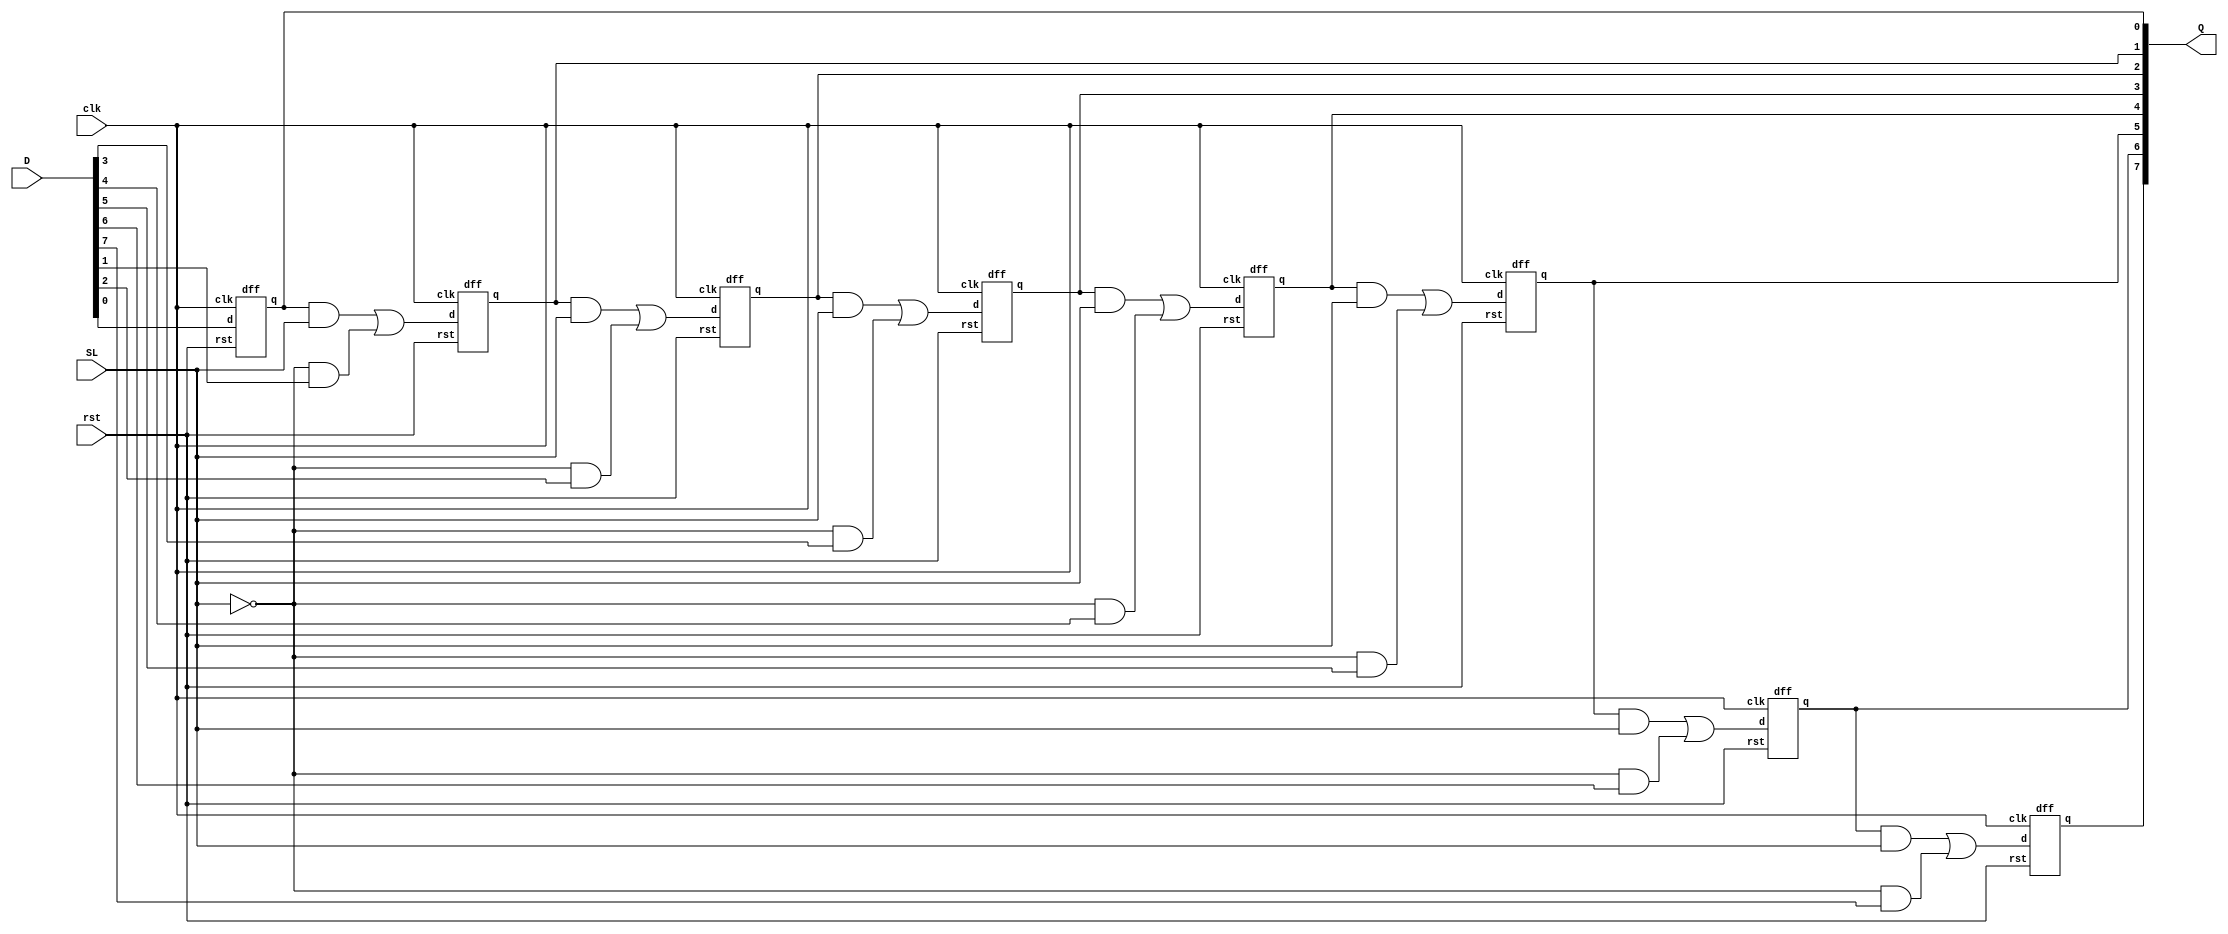
module piso(D,Q,clk,rst,SL);
  input [7:0]D;
  input rst,clk,SL;                                 //if SL = 0,input data wil be loaded..
  output [7:0]Q;
  wire[7:0]x,y,z;                   //if SL = 1,data will be shifted(left side)...
  dff s1(D[0],clk,rst,Q[0]);
genvar i;
generate
  for(i=1;i<8;i=i+1)begin
    and(x[i],Q[i-1],SL);
    and(y[i],~SL,D[i]);
    or(z[i],x[i],y[i]);
    dff s0(z[i],clk,rst,Q[i]);    end
  endgenerate
endmodule
module dff(d,clk,rst,q);
  input d,clk,rst;
  output reg q;
  always@(negedge clk)
  begin
    if(rst == 1)
      begin
        q=0;
      end
    else
      begin
        q=d;
      end
  end
endmodule